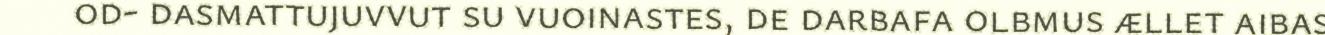
od- dasmattujuvvut su vuoinastes, de darbafa olbmus ællet aibas